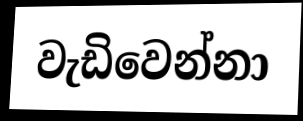
වැඩිවෙන්නා